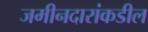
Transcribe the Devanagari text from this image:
जमीनदारांकडील